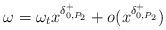
LaTeX: \begin{align*}\omega=\omega_{t}x^{\delta_{0,P_{2}}^{+}}+o(x^{\delta_{0,P_{2}}^{+}})\end{align*}